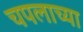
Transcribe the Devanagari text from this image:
चपलाच्या